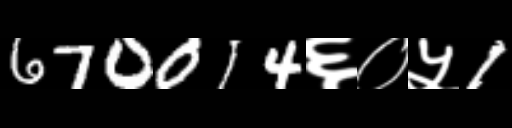
Text: 670014६०५1